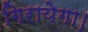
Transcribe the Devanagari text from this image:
गिरायेगा।